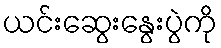
ယင်းဆွေးနွေးပွဲကို